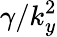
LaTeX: \gamma/k_{y}^{2}